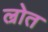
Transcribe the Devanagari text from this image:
ल्रोत